Annual administration report of the Civil Veterinary Department of India - 1894-1895
Year: 1894
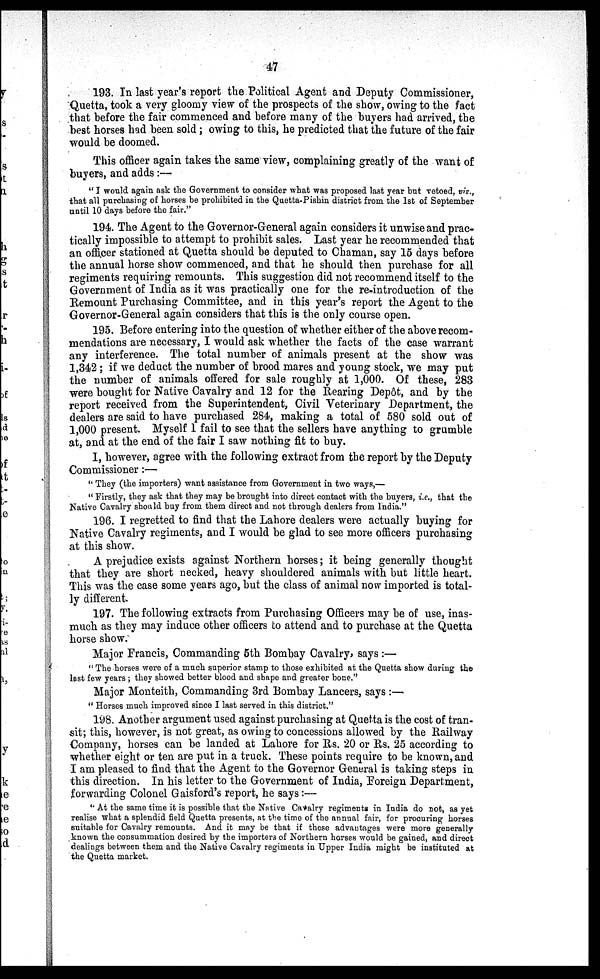
47
193. In last year's report the Political Agent and Deputy Commissioner,
Quetta, took a very gloomy view of the prospects of the show, owing to the fact
that before the fair commenced and before many of the buyers had arrived, the
best horses had been sold; owing to this, he predicted that the future of the fair
would be doomed.
This officer again takes the same view, complaining greatly of the want of
buyers, and adds :—
" I would again ask the Government to consider what was proposed last year but vetoed, viz.,
that all purchasing of horses be prohibited in the Quetta-Pishin district from the 1st of September
until 10 days before the fair."
194. The Agent to the Governor-General again considers it unwise and prac-
tically impossible to attempt to prohibit sales. Last year he recommended that
an officer stationed at Quetta should be deputed to Chaman, say 15 days before
the annual horse show commenced, and that he should then purchase for all
regiments requiring remounts. This suggestion did not recommend itself to the
Government of India as it was practically one for the re-introduction of the
Remount Purchasing Committee, and in this year's report the Agent to the
Governor-General again considers that this is the only course open.
195. Before entering into the question of whether either of the above recom-
mendations are necessary, I would ask whether the facts of the case warrant
any interference. The total number of animals present at the show was
1,342 ; if we deduct the number of brood mares and young stock, we may put
the number of animals offered for sale roughly at 1,000. Of these, 283
were bought for Native Cavalry and 12 for the Rearing Depôt, and by the
report received from the Superintendent, Civil Veterinary Department, the
dealers are said to have purchased 284, making a total of 580 sold out of
1,000 present. Myself 1 fail to see that the sellers have anything to grumble
at, and at the end of the fair I saw nothing fit to buy.
I, however, agree with the following extract from the report by the Deputy
Commissioner:—
" They (the importers) want assistance from Government in two ways,—
" Firstly, they ask that they may be brought into direct contact with the buyers, i.e., that the
Native Cavalry should buy from them direct and not through dealers from India."
196. I regretted to find that the Lahore dealers were actually buying for
Native Cavalry regiments, and I would be glad to see more officers purchasing
at this show.
A prejudice exists against Northern horses; it being generally thought
that they are short necked, heavy shouldered animals with but little heart.
This was the case some years ago, but the class of animal now imported is total-
ly different.
197. The following extracts from Purchasing Officers may be of use, inas-
much as they may induce other officers to attend and to purchase at the Quetta
horse show.
Major Francis, Commanding 5th Bombay Cavalry, says :—
" The horses were of a much superior stamp to those exhibited at the Quetta show during the
last few years ; they showed better blood and shape and greater bone."
Major Monteith, Commanding 3rd Bombay Lancers, says :—
" Horses much improved since I last served in this district,"
198. Another argument used against purchasing at Quetta is the cost of tran-
sit; this, however, is not great, as owing to concessions allowed by the Railway
Company, horses can be landed at Lahore for Rs. 20 or Rs. 25 according to
whether eight or ten are put in a truck. These points require to be known, and
I am pleased to find that the Agent to the Governor General is taking steps in
this direction. In his letter to the Government of India, Foreign Department,
forwarding Colonel Gaisford's report, he says:—
"At the same time it is possible that the Native Cavalry regiments in India do not, as yet
realise what a splendid field Quetta presents, at the time of the annual fair, for procuring horses
suitable for Cavalry remounts. And it may be that if these advantages were more generally
known the consummation desired by the importers of Northern horses would be gained, and direct
dealings between them and the Native Cavalry regiments in Upper India might be instituted at
the Quetta market.